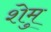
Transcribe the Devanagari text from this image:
शेमु